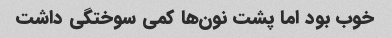
خوب بود اما پشت نون‌ها کمی سوختگی داشت